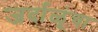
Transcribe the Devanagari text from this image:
जर्दाळूंचा